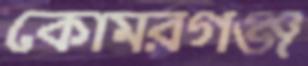
কোমরগঞ্জ